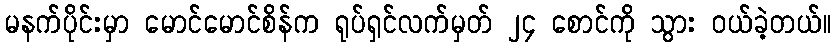
မနက်ပိုင်းမှာ မောင်မောင်စိန်က ရုပ်ရှင်လက်မှတ် ၂၄ စောင်ကို သွား ဝယ်ခဲ့တယ်။